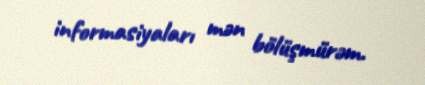
informasiyaları mən bölüşmürəm.